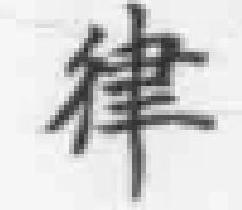
律